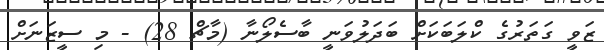
ޒަވީ ގަތަރުގެ ކްލަބަކަށް ބަދަލުވަނީ ބާސެލޯނާ (މާޗް 28) - މި ސީޒަނަށް